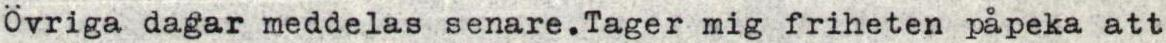
Övriga dagar meddelas senare.Tager mig friheten påpeka att